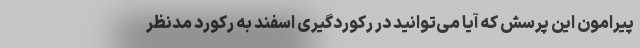
پیرامون این پرسش که آیا می‌توانید در رکوردگیری اسفند به رکورد مدنظر